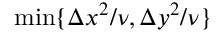
\operatorname* { m i n } \{ \Delta x ^ { 2 } / \nu , \Delta y ^ { 2 } / \nu \}